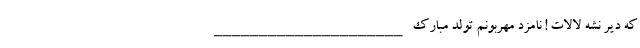
که دیر نشه لالات ! نامزد مهربونم تولد مبارک _____________________